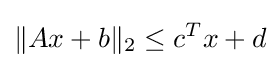
\lVert Ax+b\rVert _{2}\leq c^{T}x+d